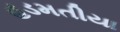
હડમતીયા